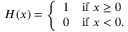
H ( x ) = { \left\{ \begin{array} { l l } { 1 } & { { \mathrm { i f ~ } } x \geq 0 } \\ { 0 } & { { \mathrm { i f ~ } } x < 0 . } \end{array} \right. }